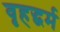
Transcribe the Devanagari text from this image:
वृहद्धर्म